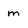
Character: m